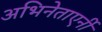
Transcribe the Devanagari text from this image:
अभिनेताएर्नी